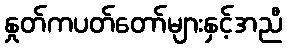
နှုတ်ကပတ်တော်များနှင့်အညီ